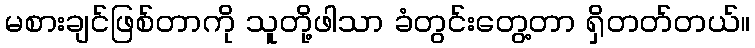
မစားချင်ဖြစ်တာကို သူတို့ဖါသာ ခံတွင်းတွေ့တာ ရှိတတ်တယ်။